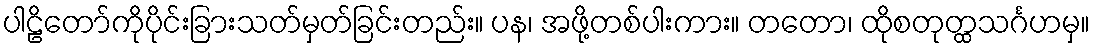
ပါဠိတော်ကိုပိုင်းခြားသတ်မှတ်ခြင်းတည်း။ ပန၊ အဖို့တစ်ပါးကား။ တတော၊ ထိုစတုတ္ထသင်္ဂဟမှ။